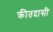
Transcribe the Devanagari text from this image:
क्रीतदासी